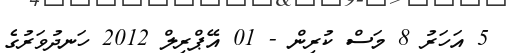
5 އަހަރު 8 މަސް ކުރިން - 01 އޭޕްރިލް 2012 ހަނދުވަރުގެ